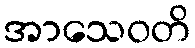
အာသေဝတိ